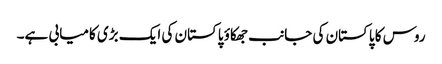
روس کا پاکستان کی جانب جھکاؤ پاکستان کی ایک بڑی کامیابی ہے۔